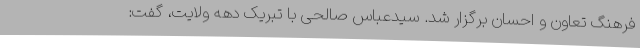
فرهنگ تعاون و احسان برگزار شد. سیدعباس صالحی با تبریک دهه ولایت، گفت: